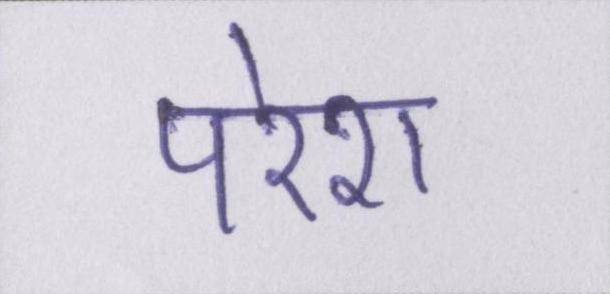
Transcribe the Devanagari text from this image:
परेश